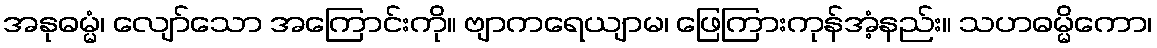
အနုဓမ္မံ၊ လျော်သော အကြောင်းကို။ ဗျာကရေယျာမ၊ ဖြေကြားကုန်အံ့နည်း။ သဟဓမ္မိကော၊